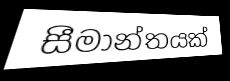
සීමාන්තයක්